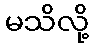
မသိလို့